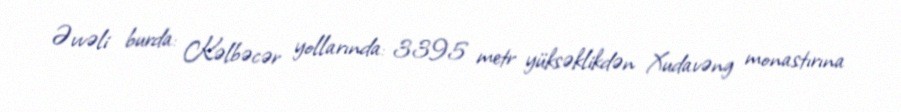
Əvvəli burda: Kəlbəcər yollarında: 3395 metr yüksəklikdən Xudavəng monastırına